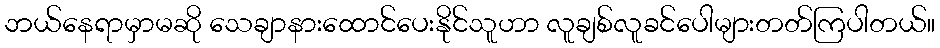
ဘယ်နေရာမှာမဆို သေချာနားထောင်ပေးနိုင်သူဟာ လူချစ်လူခင်ပေါများတတ်ကြပါတယ်။